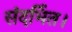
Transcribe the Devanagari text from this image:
संदर्भित।